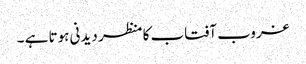
غروب آفتاب کا منظر دیدنی ہوتا ہے ۔